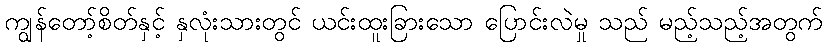
ကျွန်တော့်စိတ်နှင့် နှလုံးသားတွင် ယင်းထူးခြားသော ပြောင်းလဲမှု သည် မည့်သည့်အတွက်